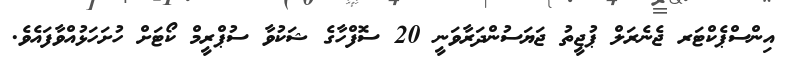
އިންސްޕެކްޓަރ ޖެނެރަލް ޕުޖީތު ޖަޔަސުންދަރާވަނީ 20 ސޮފްހާގެ ޝަކުވާ ސުޕްރީމް ކޯޓަށް ހުށަހަޅުއްވާފައެވެ.